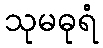
သုမဓုရံ